Medical and sanitary report of the native army of Madras for the year
Year: 1875
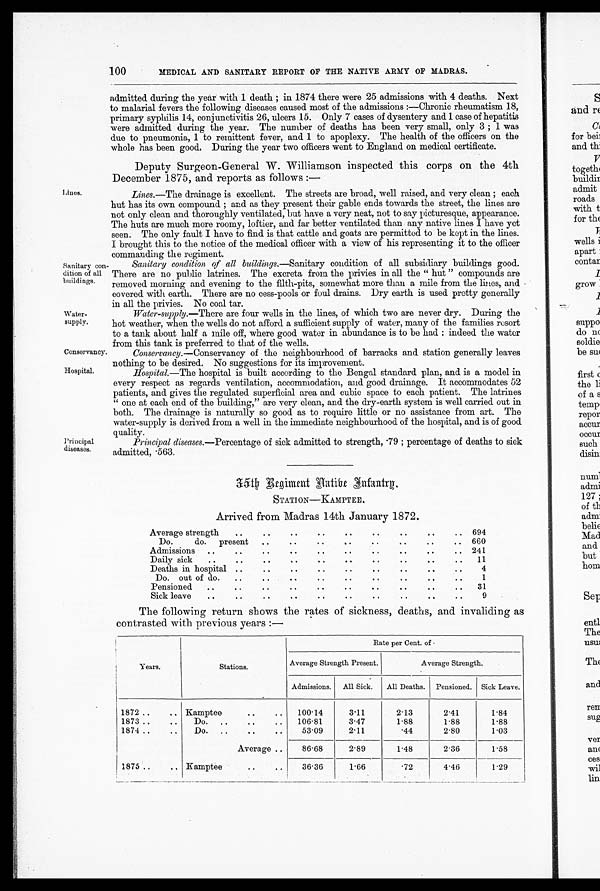
Water-
supply.
Conservancy
100
MEDICAL AND SANITARY REPORT OF THE NATIVE ARMY OF MADRAS.
Lines.
Sanitary con
- d i t i o n o f a l l
buildings.
admitted during the year with 1 death ; in 1874 there were 25 admissions with 4 deaths. Next
to malarial fevers the following diseases caused most of the admissions :—Chronic rheumatism 18,
primary syphilis 14, conjunctivitis 26, ulcers 15. Only 7 cases of dysentery and 1 case of hepatitis
were admitted during the year. The number of deaths has been very small, only 3 ; 1 was
due to pneumonia, 1 to remittent fever, and 1 to apoplexy. The health of the officers on the
whole has been good. During the year two officers went to England on medical certificate.
Deputy Surgeon-General W. Williamson inspected this corps on the 4th
December 1875, and reports as follows :—
Lines.—The drainage is excellent. The streets are broad, well raised, and very clean ; each
hut has its own compound ; and as they present their gable ends towards the street, the lines are
not only clean and thoroughly ventilated, but have a very neat, not to say picturesque, appearance.
The huts are much more roomy, loftier, and far better ventilated than any native lines I have yet
seen. The only fault I have to find is that cattle and goats are permitted to be kept in the lines.
I brought this to the notice of the medical officer with a view of his representing it to the officer
commanding the regiment.
Sanitary condition of all buildings.— Sanitary condition of all subsidiary buildings good.
There are no public latrines. The excreta from. the privies in all the " hut " compounds are
removed morning and evening to the filth-pits, somewhat more than a mile from the lines, and
covered with earth. There are no cess-pools or foul drains. Dry earth is used pretty generally
in all the privies. No coal tar.
Water-supply.—There are four wells in the lines, of which two are never dry. During the
hot weather, when the wells do not afford a sufficient supply of water, many of the families resort
to a tank about half a mile off, where good water in abundance is to be had : indeed the water
from this tank is preferred to that of the wells.
Conservancy.—Conservancy of the neighbourhood of barracks and station generally leaves
nothing to be desired. No suggestions for its improvement.
Hospital.
Principal
diseases.
Hospital.—The hospital is built according to the Bengal standard plan, and is a model in
every respect as regards ventilation, accommodation, and good drainage. It accommodates 52
patients, and gives the regulated superficial area and cubic space to each patient. The latrines
"one at each end of the building," are very clean, and the dry-earth system is well carried out in
both. The drainage is naturally so good as to require little or no assistance from art. The
water-supply is derived from a well in the immediate neighbourhood of the hospital, and is of good
qualitv.
Principal diseases . —Percentage of sick admitted to strength, .79 ; percentage of deaths to sick
admitted, .563.
35th Regiment Native Infantry.
STATION—KAMPTEE
Arrived from Madras 14th January 1872.
.
. . .
..
Average strength
..
..
..
..
..
.. 694
Do.
do.
present
..
..
..
..
..
..
. . 660
..
..
..
Admissions
..
. .
. .
. .
. .
..
241
..
.
. ..
Daily sick
..
..
..
..
..
. .
. .
11
..
..
..
..
Deaths in hospital ..
..
..
..
4
. .
. .
.
..
..
.
. . .
Do. out
of
do...
. .
1
.
. . .
. .
. .
Pensioned
....
..
..
..
. .
31
. .
Sick leave
..
..
..
..
. .
. .
..
..
9
The following return shows the rates of sickness, deaths, and invaliding as
contrasted with previous years :—
Years.
Stations.
R a t e p e r C e n t . o f .
Average Strength Present.
Average Strength.
Admissions.
All Sick.
All Deaths.
Pensioned.
Sick Leave.
1872..
..
1873 ..
..
1874 ..
..
Kamptee
..
..
Do.
..
. . . .
Do.
..
..
..
100 . 14
106 . 81
53.09
3.11
3.47
2.11
2.13
1.88
. 4 4
2 . 4 1
1.88
2.80
1.84
1. 88
1.03
Average ..
86.68
2.89
1.48
2.36
1.58
1875 . . . . kamptee
36.36
1.66
. 7 2
4.46
1.29